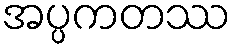
အပ္ပကတဿ